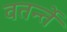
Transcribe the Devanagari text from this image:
वतर्न्ते